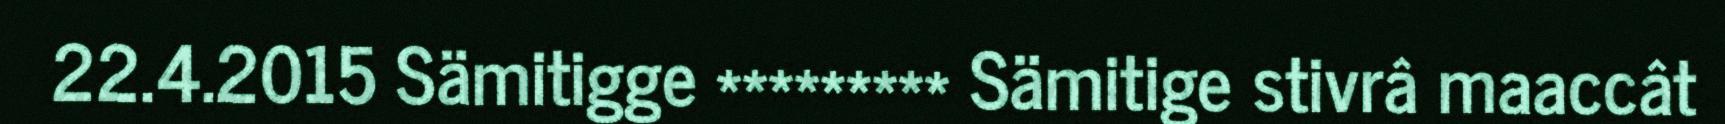
22.4.2015 Sämitigge ********* Sämitige stivrâ maaccât